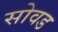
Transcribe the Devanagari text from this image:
सोवड